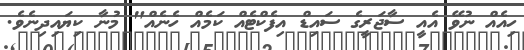
ހިއެއް ނުވޭ އެއީ ސާޖަރީގެ ސައިޑް އިފެކްޓެއް ކަމެއް ހެނެއް" މުނާ ކިޔައިދިނެވެ.